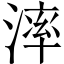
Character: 𣼧